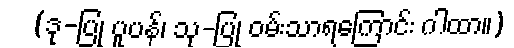
(ဒု-ပြု ပူပန်၊ သု-ပြု ဝမ်းသာရကြောင်း ဂါထာ။)